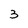
Character: 3